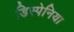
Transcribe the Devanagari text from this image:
डिस्पेनिया